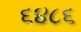
૬૪૮૬